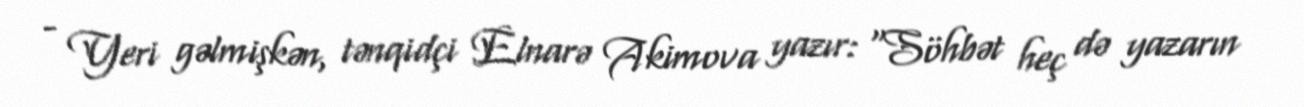
- Yeri gəlmişkən, tənqidçi Elnarə Akimova yazır: “Söhbət heç də yazarın